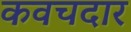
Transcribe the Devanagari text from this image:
कवचदार